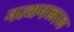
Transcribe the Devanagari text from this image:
नत्थनलाल